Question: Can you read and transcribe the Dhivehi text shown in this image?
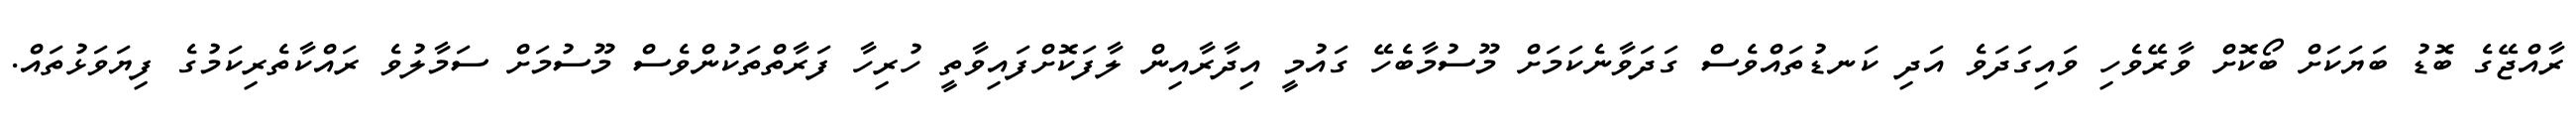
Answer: ރާއްޖޭގެ ބޮޑު ބަޔަކަށް ބޯކޮށް ވާރޭވެހި ވައިގަދަވެ އަދި ކަނޑުތައްވެސް ގަދަވާނެކަމަށް މޫސުމާބެހޭ ގައުމީ އިދާރާއިން ލާފަކޮށްފައިވާތީ ހުރިހާ ފަރާތްތަކުންވެސް މޫސުމަށް ސަމާލުވެ ރައްކާތެރިކަމުގެ ފިޔަވަޅުތައް.